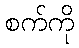
စက်ကို